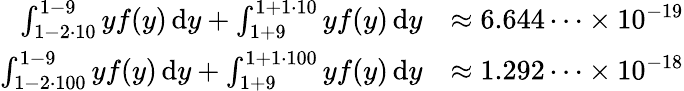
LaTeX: \begin{array}{rl}{\int_{1-2\cdot 10}^{1-9}yf(y)\, \mathrm{d}y+\int_{1+9}^{1+1\cdot 10}yf(y)\, \mathrm{d}y}&{\approx 6.644\dots\times 10^{-19}}\\ {\int_{1-2\cdot 100}^{1-9}yf(y)\, \mathrm{d}y+\int_{1+9}^{1+1\cdot 100}yf(y)\, \mathrm{d}y}&{\approx 1.292\dots\times 10^{-18}}\end{array}